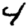
Digit: 4